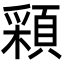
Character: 𩓰